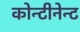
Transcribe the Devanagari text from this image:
कोन्टीनेन्ट